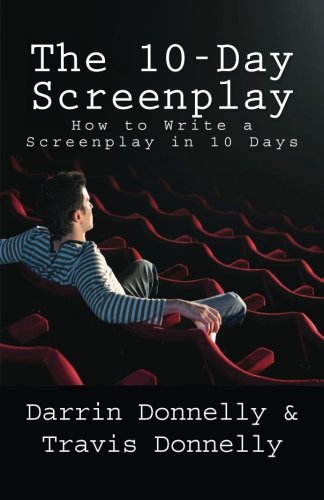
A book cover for The 10-Day Screenplay: How to Write a Screenplay in 10 Days; Darrin Donnelly; Humor & Entertainment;